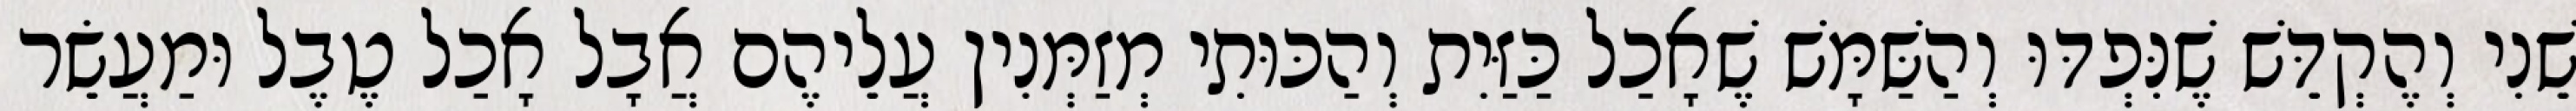
שֵׁנִי וְהֶקְדֵּשׁ שֶׁנִּפְדּוּ וְהַשַּׁמָּשׁ שֶׁאָכַל כַּזַּיִת וְהַכּוּתִי מְזַמְּנִין עֲלֵיהֶם אֲבָל אָכַל טֶבֶל וּמַעֲשֵׂר